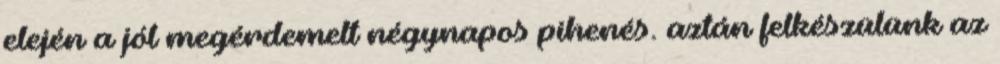
elején a jól megérdemelt négynapos pihenés. aztán felkészülünk az